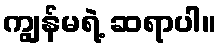
ကျွန်မရဲ့ ဆရာပါ။